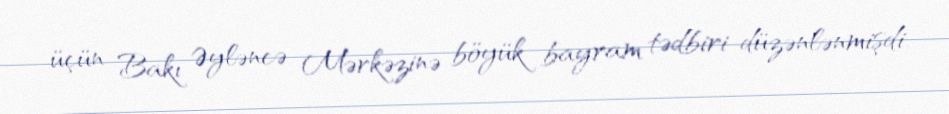
üçün Bakı Əyləncə Mərkəzinə böyük bayram tədbiri düzənlənmişdi.